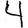
Digit: 4